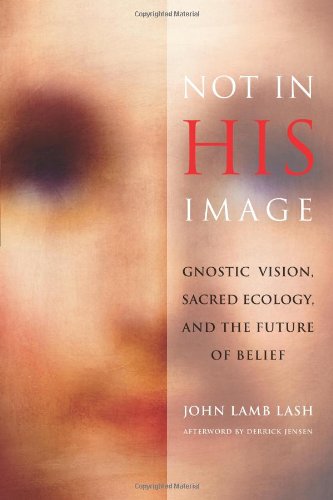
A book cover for Not in His Image: Gnostic Vision, Sacred Ecology, and the Future of Belief; John Lamb Lash; Science & Math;